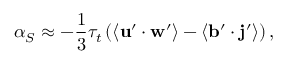
\alpha _ { S } \approx - \frac { 1 } { 3 } \tau _ { t } \left( \langle \mathbf { u } ^ { \prime } \cdot \mathbf { w } ^ { \prime } \rangle - \langle \mathbf { b } ^ { \prime } \cdot \mathbf { j } ^ { \prime } \rangle \right) ,